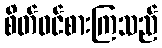
စိတ်ဝင်စားကြသည်